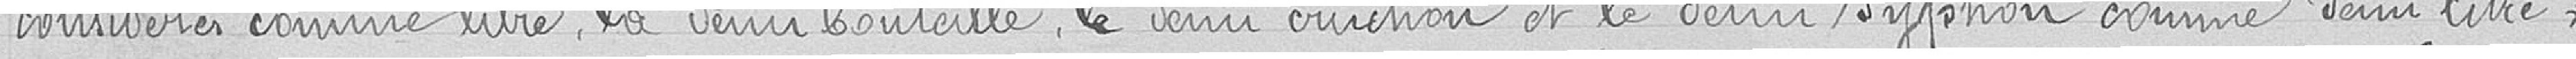
considérées comme litre, la demi bouteille le demi cruchon et le demi syphon comme demi litre